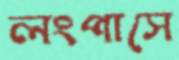
লংপাসে